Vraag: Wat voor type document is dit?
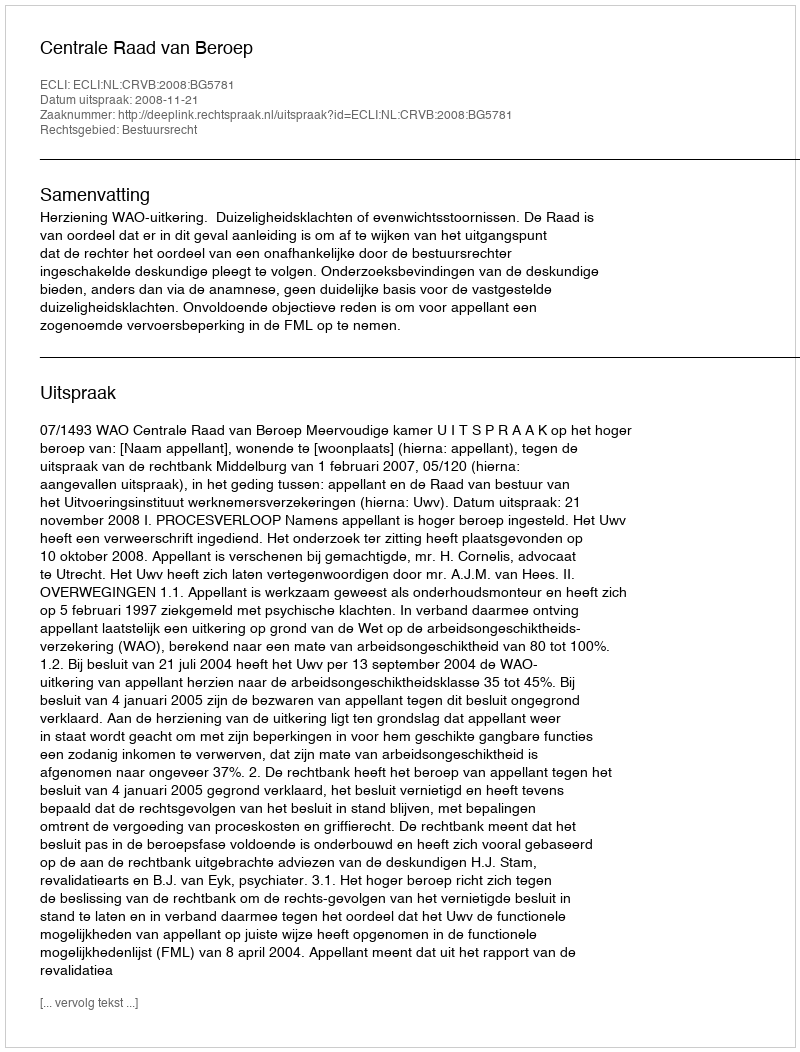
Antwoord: Uitspraak